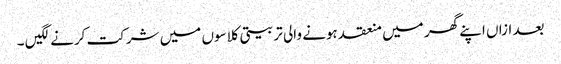
بعد ازاں اپنے گھر میں منعقد ہونے والی تربیتی کلاسوں میں شرکت کرنے لگیں ۔